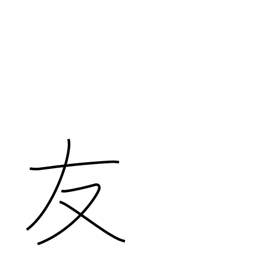
Meaning: friend